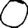
Digit: 0